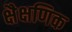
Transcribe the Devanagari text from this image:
क्षैक्षणिक